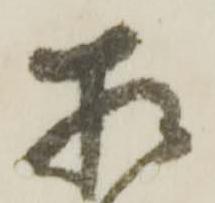
相